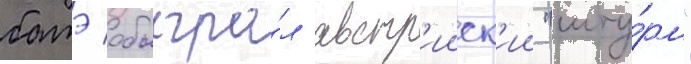
батэ обыгра́л австр'ииск'ии "шту́рм"